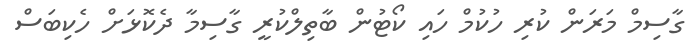
ގާސިމް މަރަން ކުރި ހުކުމް ހައި ކޯޓުން ބާތިލްކުރީ ގާސިމާ ދެކޮޅަށް ހެކިބަސް